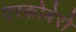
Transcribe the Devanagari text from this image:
एस्कोबेरो